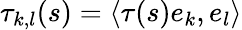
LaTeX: \tau_{k,l}(s)=\langle\tau(s)e_{k},e_{l}\rangle